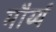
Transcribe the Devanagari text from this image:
मौर्य्य